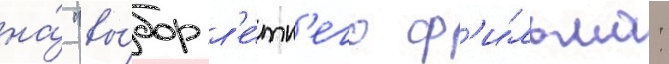
на́ "вы́бор л'е́тн'его ф'и́льма: